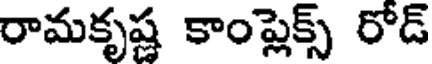
రామకృష్ణ కాంప్లెక్స్ రోడ్